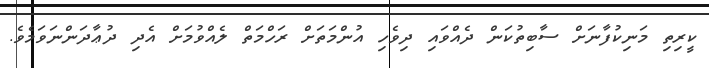
ކީރިތި މަނިކުފާނަށް ސާބިތުކަން ދެއްވައި ދިވެހި އުންމަތަށް ރަހްމަތް ލެއްވުމަށް އެދި ދުޢާދަންނަވަމެވެ.